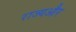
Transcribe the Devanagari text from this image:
राज्यऔर